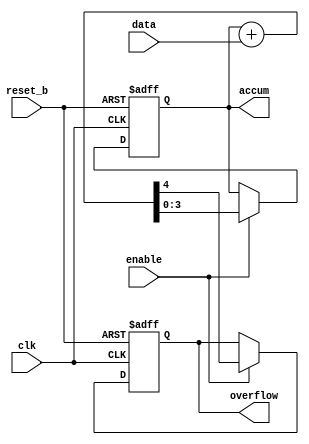
module Add_Accum_1 (accum, overflow, data, enable, clk, reset_b);
  output [3: 0]	accum;
  output 		overflow;
  input [3: 0] 	data;
  input 		enable, clk, reset_b;
  reg 		accum, overflow;

  always @ (posedge clk or negedge reset_b)
    if (reset_b == 0) begin accum <= 0; overflow <= 0; end 
    else if (enable) {overflow, accum} <= accum + data;
endmodule